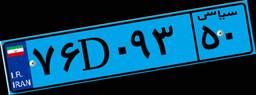
۴۷D۲۷۹۴۲